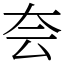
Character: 夽